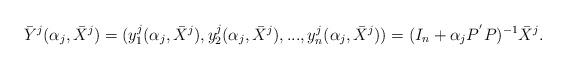
LaTeX: \begin{align*}\bar{Y}^j( \alpha_j, \bar{X}^j) = (y_1^j( \alpha_j, \bar{X}^j),y_2^j( \alpha_j, \bar{X}^j),...,y_n^j( \alpha_j, \bar{X}^j))= ( I_ {n} + \alpha_j P^{'} P )^{-1} \bar{X}^j.\end{align*}